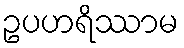
ဥပဟရိဿာမ